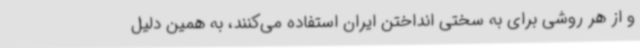
و از هر روشی برای به سختی انداختن ایران استفاده می‌کنند، به همین دلیل